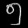
Digit: ၅